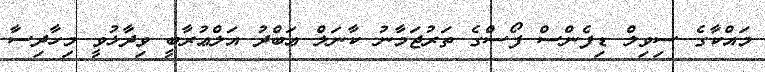
މައްކާގެ ސިވިލް ޑިފެންސް ފޯސްގެ ތަރުޖަމާނު ކާނަލް ޢަބްދު އަލްޢުރާބީ ވިދާޅުވީ މިހާދިސާ